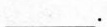
___。